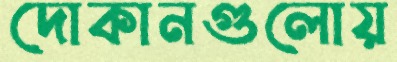
দোকানগুলোয়